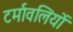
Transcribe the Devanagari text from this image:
टर्मावलियों